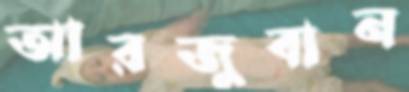
আরজুবান